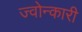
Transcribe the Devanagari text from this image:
ज्वोन्कारी